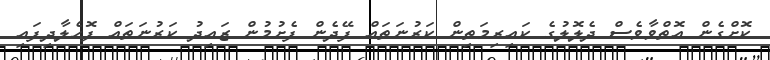
ކޮށްގެން އޮތްވާވެސް ދެލޮލުގެ ކައިރިމަތިން ކަރުނަތައް ފޭދެން ފެށުމުން ޒައިދު ކަރުނަތައް ފޮހެލާދިފައި